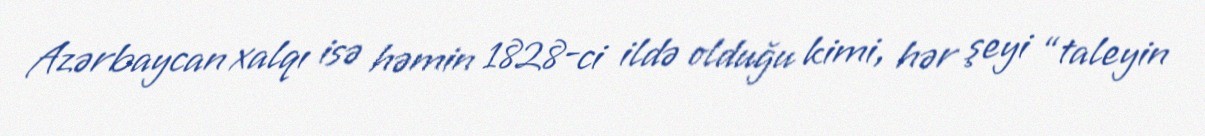
Azərbaycan xalqı isə həmin 1828-ci ildə olduğu kimi, hər şeyi “taleyin